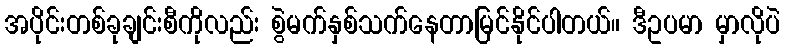
အပိုင်းတစ်ခုချင်းစီကိုလည်း စွဲမက်နှစ်သက်နေတာမြင်နိုင်ပါတယ်။ ဒီဥပမာ မှာလိုပဲ